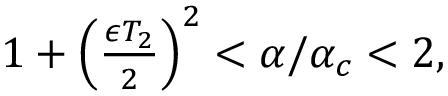
\begin{array} { r } { 1 + \left( \frac { \epsilon T _ { 2 } } { 2 } \right) ^ { 2 } < \alpha / \alpha _ { c } < 2 , } \end{array}